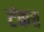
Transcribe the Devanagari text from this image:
टंकच